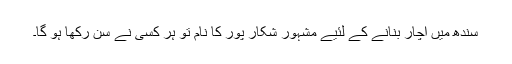
سندھ میں‌ اچار بنانے کے لئیے مشہور شکار پور کا نام تو ہر کسی نے سن رکھا ہو گا۔